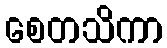
စေတသိကာ